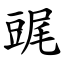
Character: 䜸